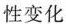
性变化